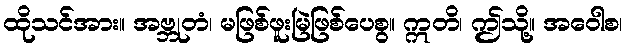
ထိုသင်အား။ အဗ္ဘုတံ၊ မဖြစ်ဖူးမြဲဖြစ်ပေစွ။ ဣတိ၊ ဤသို့။ အဝေါစ၊